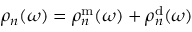
\rho _ { n } ( \omega ) = \rho _ { n } ^ { \mathrm { m } } ( \omega ) + \rho _ { n } ^ { \mathrm { d } } ( \omega )